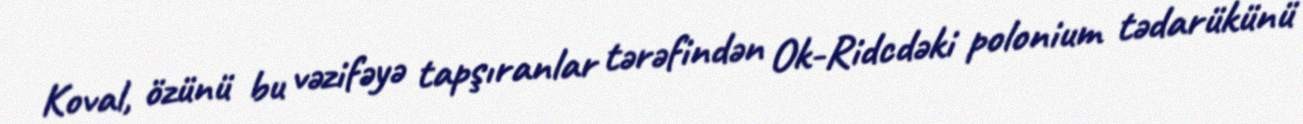
Koval, özünü bu vəzifəyə tapşıranlar tərəfindən Ok-Ridcdəki polonium tədarükünü